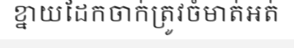
ខ្នាយដែកចាក់ត្រូវចំមាត់អត់